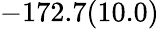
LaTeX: -172.7(10.0)